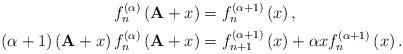
LaTeX: \begin{align*}f_{n}^{\left( \alpha \right) }\left( \textbf{A}+x\right)&=f_{n}^{\left( \alpha +1 \right) }\left( x\right), \\\left(\alpha +1\right)\left( \textbf{A}+x\right) f_{n}^{\left( \alpha \right) }\left( \textbf{A}+x\right)&=f_{n+1}^{\left( \alpha +1\right) }\left( x\right) +\alpha xf_{n}^{\left( \alpha +1\right) }\left( x\right).\end{align*}